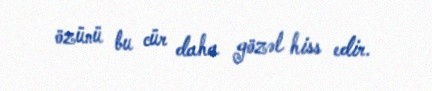
özünü bu cür daha gözəl hiss edir.